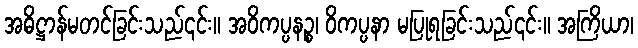
အဓိဋ္ဌာန်မတင်ခြင်းသည်၎င်း။ အဝိကပ္ပနဉ္စ၊ ဝိကပ္ပနာ မပြုရခြင်းသည်၎င်း။ အကြိယာ၊